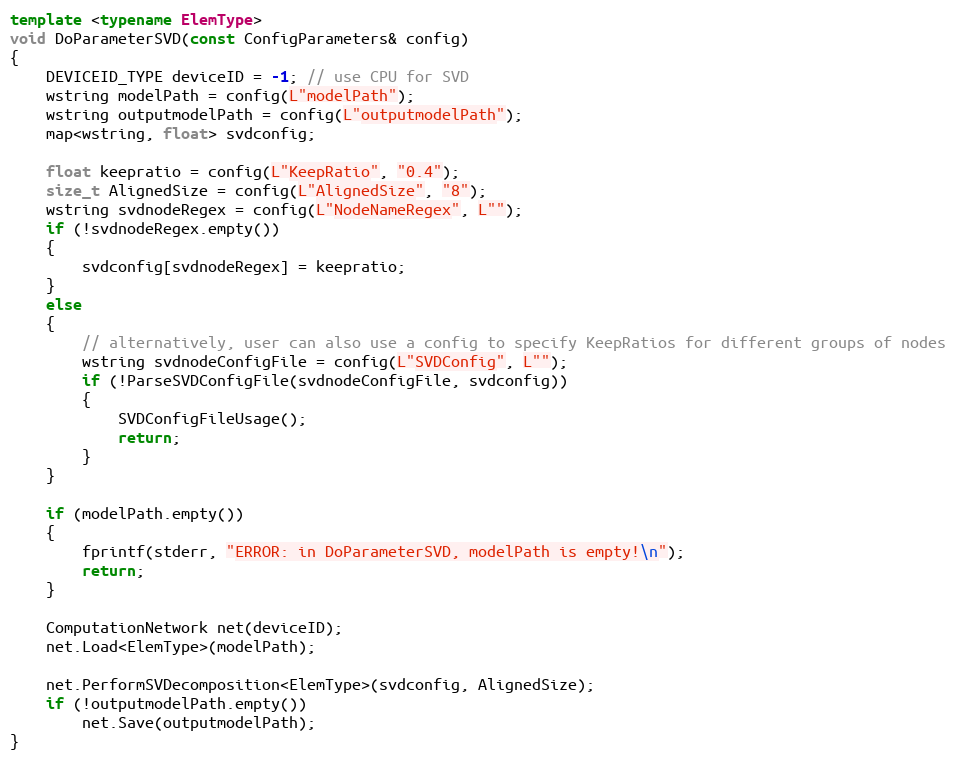
Language: C++
template <typename ElemType>
void DoParameterSVD(const ConfigParameters& config)
{
    DEVICEID_TYPE deviceID = -1; // use CPU for SVD
    wstring modelPath = config(L"modelPath");
    wstring outputmodelPath = config(L"outputmodelPath");
    map<wstring, float> svdconfig;

    float keepratio = config(L"KeepRatio", "0.4");
    size_t AlignedSize = config(L"AlignedSize", "8");
    wstring svdnodeRegex = config(L"NodeNameRegex", L"");
    if (!svdnodeRegex.empty())
    {
        svdconfig[svdnodeRegex] = keepratio;
    }
    else
    {
        // alternatively, user can also use a config to specify KeepRatios for different groups of nodes
        wstring svdnodeConfigFile = config(L"SVDConfig", L"");
        if (!ParseSVDConfigFile(svdnodeConfigFile, svdconfig))
        {
            SVDConfigFileUsage();
            return;
        }
    }

    if (modelPath.empty())
    {
        fprintf(stderr, "ERROR: in DoParameterSVD, modelPath is empty!\n");
        return;
    }

    ComputationNetwork net(deviceID);
    net.Load<ElemType>(modelPath);

    net.PerformSVDecomposition<ElemType>(svdconfig, AlignedSize);
    if (!outputmodelPath.empty())
        net.Save(outputmodelPath);
}